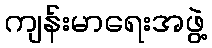
ကျန်းမာရေးအဖွဲ့